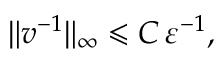
\| v ^ { - 1 } \| _ { \infty } \leqslant C \, \varepsilon ^ { - 1 } ,